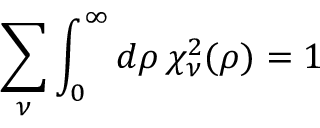
\sum _ { \nu } \int _ { 0 } ^ { \infty } d \rho \, \chi _ { \nu } ^ { 2 } ( \rho ) = 1